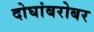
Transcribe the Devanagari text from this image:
दोघांबरोबर